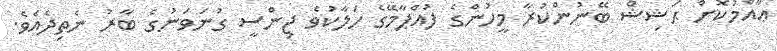
ޢާއްމުކޮށް ޙަޝިޝް ބޭނުންކުރާ މީހުންގެ ފުއްޕާމޭގެ ހަލާކުވެ ޖިންސީ ގުނަވަނުގެ ބާރު ނެތިދެއެވެ.